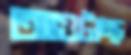
আওটাচ্ছ